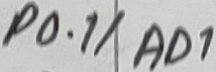
Text: P0.1/AD1